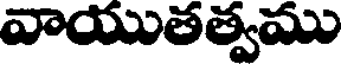
వాయుతత్వము